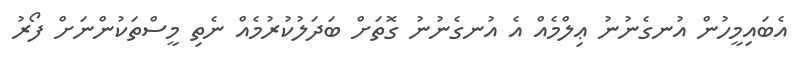
އެބައިމީހުން އުނގެނުނު ޢިލްމެއް އެ އުނގެނުނު ގޮތަށް ބަދަލުކުރުމެއް ނެތި މީސްތަކުންނަށް ފޯރު